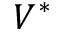
V ^ { * }